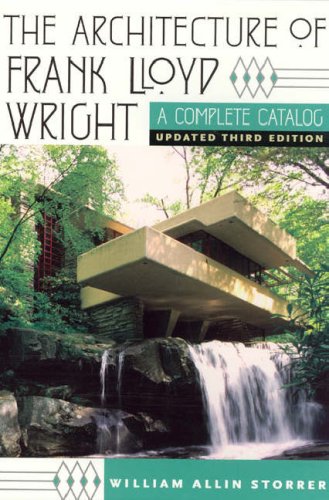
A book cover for The Architecture of Frank Lloyd Wright: A Complete Catalog, Updated 3rd Edition; William Allin Storrer; Arts & Photography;